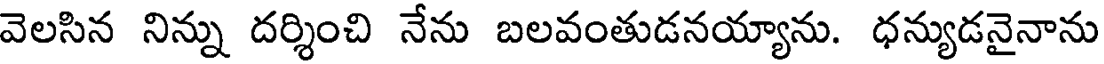
వెలసిన నిన్ను దర్శించి నేను బలవంతుడనయ్యాను. ధన్యుడనైనాను